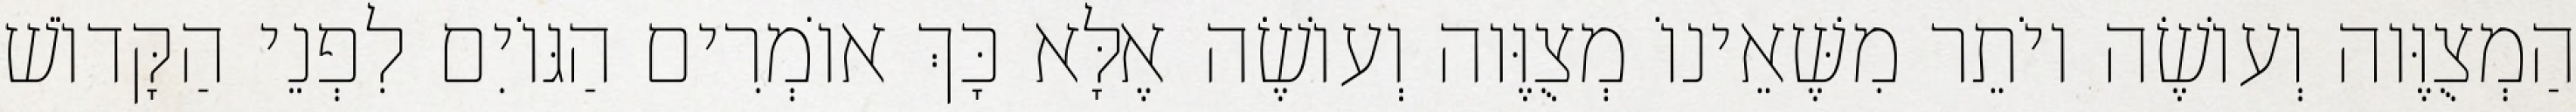
הַמְצֻוֶּוה וְעוֹשֶׂה יוֹתֵר מִשֶּׁאֵינוֹ מְצֻוֶּוה וְעוֹשֶׂה אֶלָּא כָּךְ אוֹמְרִים הַגּוֹיִם לִפְנֵי הַקָּדוֹשׁ